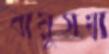
বায়ুসখা